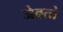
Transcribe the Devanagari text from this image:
जेवतो